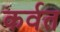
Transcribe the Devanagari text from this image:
कर्वत